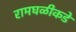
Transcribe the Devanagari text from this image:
रामघळीकडे